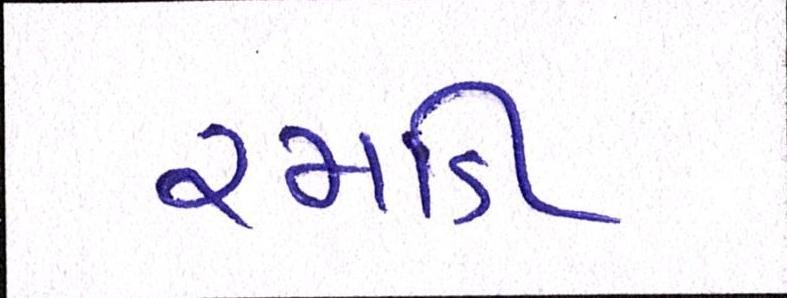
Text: રમાડી